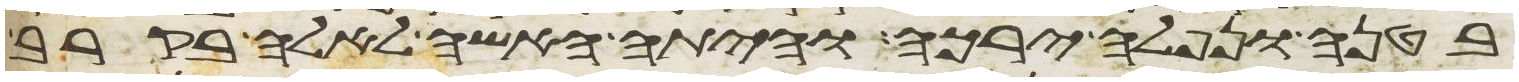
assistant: בטנה ונפלה ירכה והיתה האשה לאלה בקרב